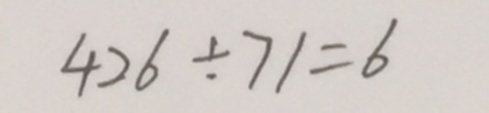
4 2 6 \div 7 1 = 6